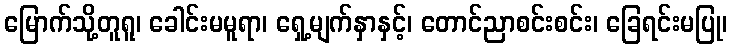
မြောက်သို့တူရူ၊ ခေါင်းမမူရာ၊ ရှေ့မျက်နှာနှင့်၊ တောင်ညာစင်းစင်း၊ ခြေရင်းမပြု၊